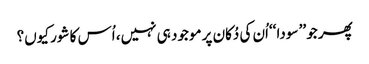
پھر جو ’’ سودا ‘‘اُن کی دُکان پر موجود ہی نہیں، اُس کا شور کیوں؟